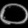
Digit: ၀